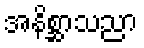
အနိစ္ဆာသညာ